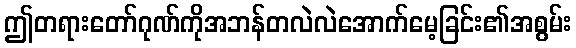
ဤတရားတော်ဂုဏ်ကိုအဘန်တလဲလဲအောက်မေ့ခြင်း၏အစွမ်း